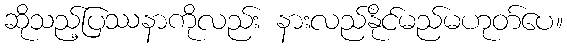
ဆိုသည့်ပြဿနာကိုလည်း နားလည်နိုင်မည်မဟုတ်ပေ။